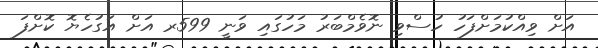
އަށް ވިއްކުމަށްފަހު ހުސްވި ނޮވެމްބަރު މަހުގައި ވަނީ 599ރ އަށް އަގުހެޔޮ ކޮށްފަ